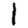
Digit: 1